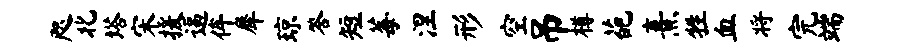
咫北塔宋援逼侔犀琼答短莓涅形空吊樽葩熹牲血将完端